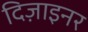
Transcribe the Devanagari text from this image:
दिज़ाइनर